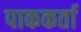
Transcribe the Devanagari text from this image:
पाककर्ता